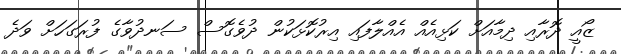
ޒޯއީ ދޮރާއި ދިމާއަށް ކަޅިއެއް އެއްލާފައި އިރުކޮޅަކުން ދުވެގޮސް ސަނދުވާގެ ފުރަގަހަށް ވަދެ